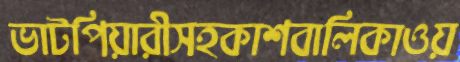
ভাটপিয়ারীসহকাশবালিকাওয়